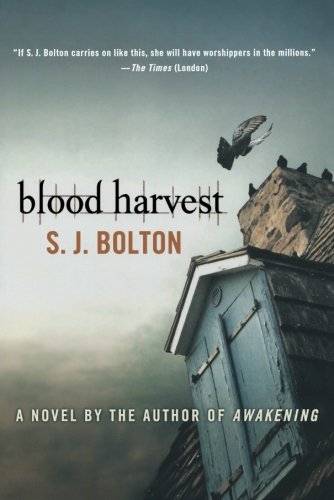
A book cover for Blood Harvest; Sharon Bolton; Literature & Fiction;